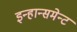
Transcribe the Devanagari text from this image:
इन्हान्समेन्ट